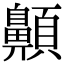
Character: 𩕬